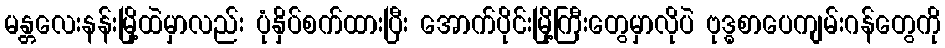
မန္တလေးနန်းမြို့ထဲမှာလည်း ပုံနှိပ်စက်ထားပြီး အောက်ပိုင်းမြို့ကြီးတွေမှာလိုပဲ ဗုဒ္ဓစာပေကျမ်းဂန်တွေကို